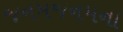
જનમજનમના